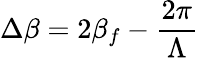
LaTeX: \Delta\beta=2\beta_{f}-\frac{2\pi}{\Lambda}